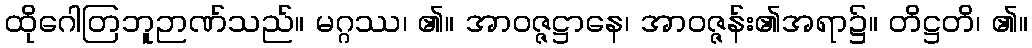
ထိုဂေါတြဘူဉာဏ်သည်။ မဂ္ဂဿ၊ ၏။ အာဝဇ္ဇဋ္ဌာနေ၊ အာဝဇ္ဇန်း၏အရာ၌။ တိဋ္ဌတိ၊ ၏။